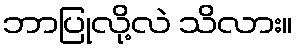
ဘာပြုလို့လဲ သိလား။